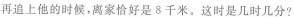
再追上他的时候，离家恰好是8千米。这时是几时几分?